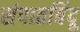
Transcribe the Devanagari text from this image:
संपातबिंदू